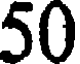
50